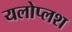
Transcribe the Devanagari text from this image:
यलोप्लश